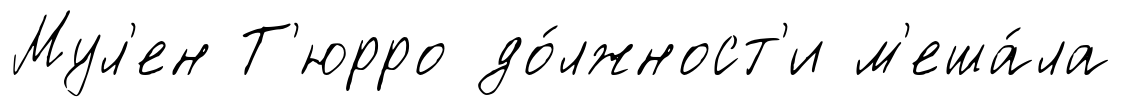
Мул'ен Т'юрро до́лжност'и м'еша́ла